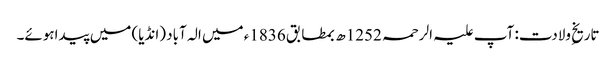
تاریخِ ولادت: آپ علیہ الرحمہ 1252ھ بمطابق 1836ء میں الہ آباد (انڈیا) میں پیداہوئے۔